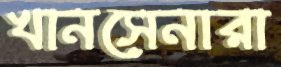
খানসেনারা